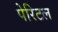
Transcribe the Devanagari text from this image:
पेरिटल